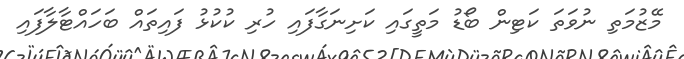
މޭޒުމަތި ނުވަތަ ކަޓިން ބޯޑު މަތީގައި ކަށިނަގާފައި ހުރި ކުކުޅު ފައިތައް ބަހައްޓާލާފައި